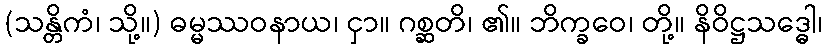
(သန္တိကံ၊ သို့။) ဓမ္မဿဝနာယ၊ ငှာ။ ဂစ္ဆတိ၊ ၏။ ဘိက္ခဝေ၊ တို့။ နိဝိဋ္ဌသဒ္ဓေါ၊